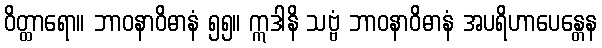
ဝိတ္ထာရော။ ဘာဝနာဝိဓာနံ ၅၅။ ဣဒါနိ သဗ္ဗံ ဘာဝနာဝိဓာနံ အပရိဟာပေန္တေန